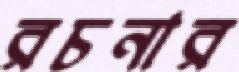
রচনার